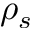
\rho _ { s }